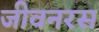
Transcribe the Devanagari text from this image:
जीवनरस